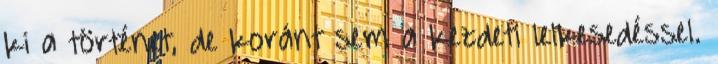
ki a történet, de koránt sem a kezdeti lelkesedéssel.